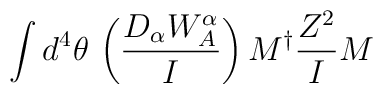
\int d^4 \theta \, \left(\frac{D_\alpha W^\alpha_{A}}{I} \right) {M}^{\dagger} {Z^2\over I}{M}